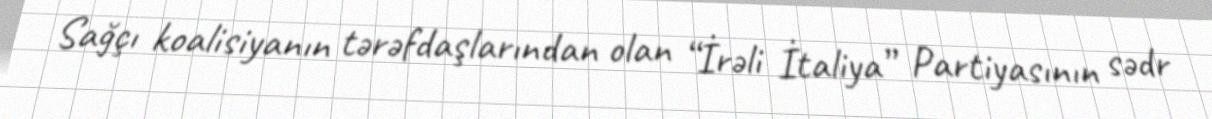
Sağçı koalisiyanın tərəfdaşlarından olan “İrəli İtaliya” Partiyasının sədr